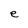
Character: e